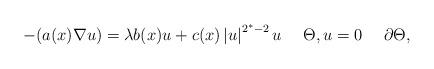
LaTeX: \begin{align*}-(a(x)\nabla u)=\lambda b(x)u+c(x)\left\vert u\right\vert ^{2^{\ast}-2}u\quad\ \Theta,u=0\quad\ \partial\Theta,\end{align*}